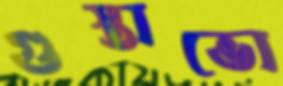
গুস্তাভো